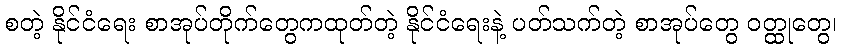
စတဲ့ နိုင်ငံရေး စာအုပ်တိုက်တွေကထုတ်တဲ့ နိုင်ငံရေးနဲ့ ပတ်သက်တဲ့ စာအုပ်တွေ ဝတ္ထုတွေ၊